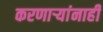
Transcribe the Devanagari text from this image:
करणाऱ्यांनाही